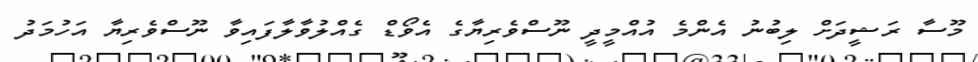
މޫސާ ރަޝީދަށް ލިބުނު އެންމެ އުއްމީދީ ނޫސްވެރިޔާގެ އެވޯޑް ގެއްލުވާލާފައިވާ ނޫސްވެރިޔާ އަހުމަދު